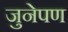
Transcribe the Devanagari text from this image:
जुनेपण